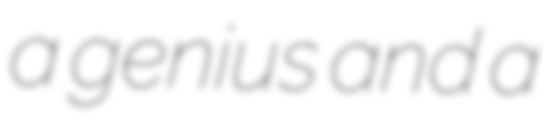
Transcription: a genius and a